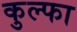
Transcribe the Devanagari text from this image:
कुल्‍फा